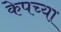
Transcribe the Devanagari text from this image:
केपच्या